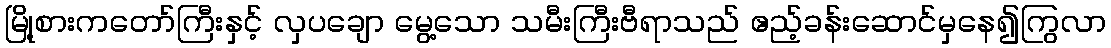
မြို့စားကတော်ကြီးနှင့် လှပချော မွေ့သော သမီးကြီးဗီရာသည် ဧည့်ခန်းဆောင်မှနေ၍ကြွလာ